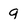
Character: g